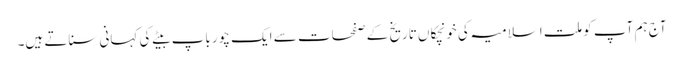
آج ہم آپ کو ملت اسلامیہ کی خونچکاں تاریخ کے صفحات سے ایک چور باپ بیٹے کی کہانی سناتے ہیں۔